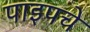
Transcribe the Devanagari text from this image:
पाइपचे